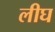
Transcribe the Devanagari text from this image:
लीघ